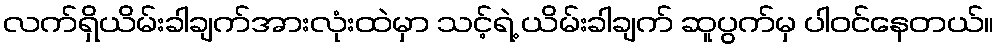
လက်ရှိယိမ်းခါချက်အားလုံးထဲမှာ သင့်ရဲ့ ယိမ်းခါချက် ဆူပွက်မှ ပါဝင်နေတယ်။